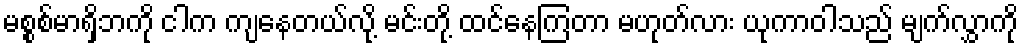
မစ္စစ်မာရှိဘကို ငါက ကျနေတယ်လို့ မင်းတို့ ထင်နေကြတာ မဟုတ်လား ယုကာဝါသည် မျက်လွှာကို